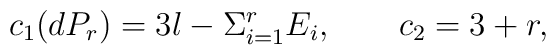
c_{1}(dP_{r})=3l-\Sigma_{i=1}^{r}E_{i}, \qquad c_{2}=3+r,